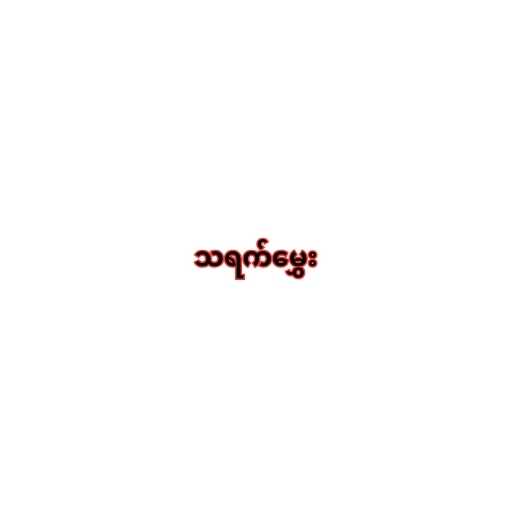
သရက်မွှေး